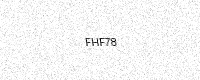
Text: FHF78